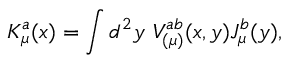
K _ { \mu } ^ { a } ( x ) = \int d ^ { 2 } y ~ V _ { ( \mu ) } ^ { a b } ( x , y ) J _ { \mu } ^ { b } ( y ) ,